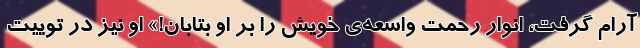
آرام گرفت، انوار رحمت واسعه‌ی خویش را بر او بتابان!» او نیز در توییت